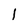
Character: l